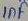
Text: 1nF